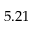
5 . 2 1